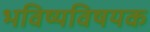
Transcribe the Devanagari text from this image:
भविष्यविषयक